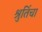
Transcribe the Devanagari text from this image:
श्रुतिंचा